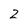
Character: Z